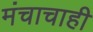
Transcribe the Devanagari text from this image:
मंचाचाही